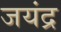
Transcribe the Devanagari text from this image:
जयंद्र